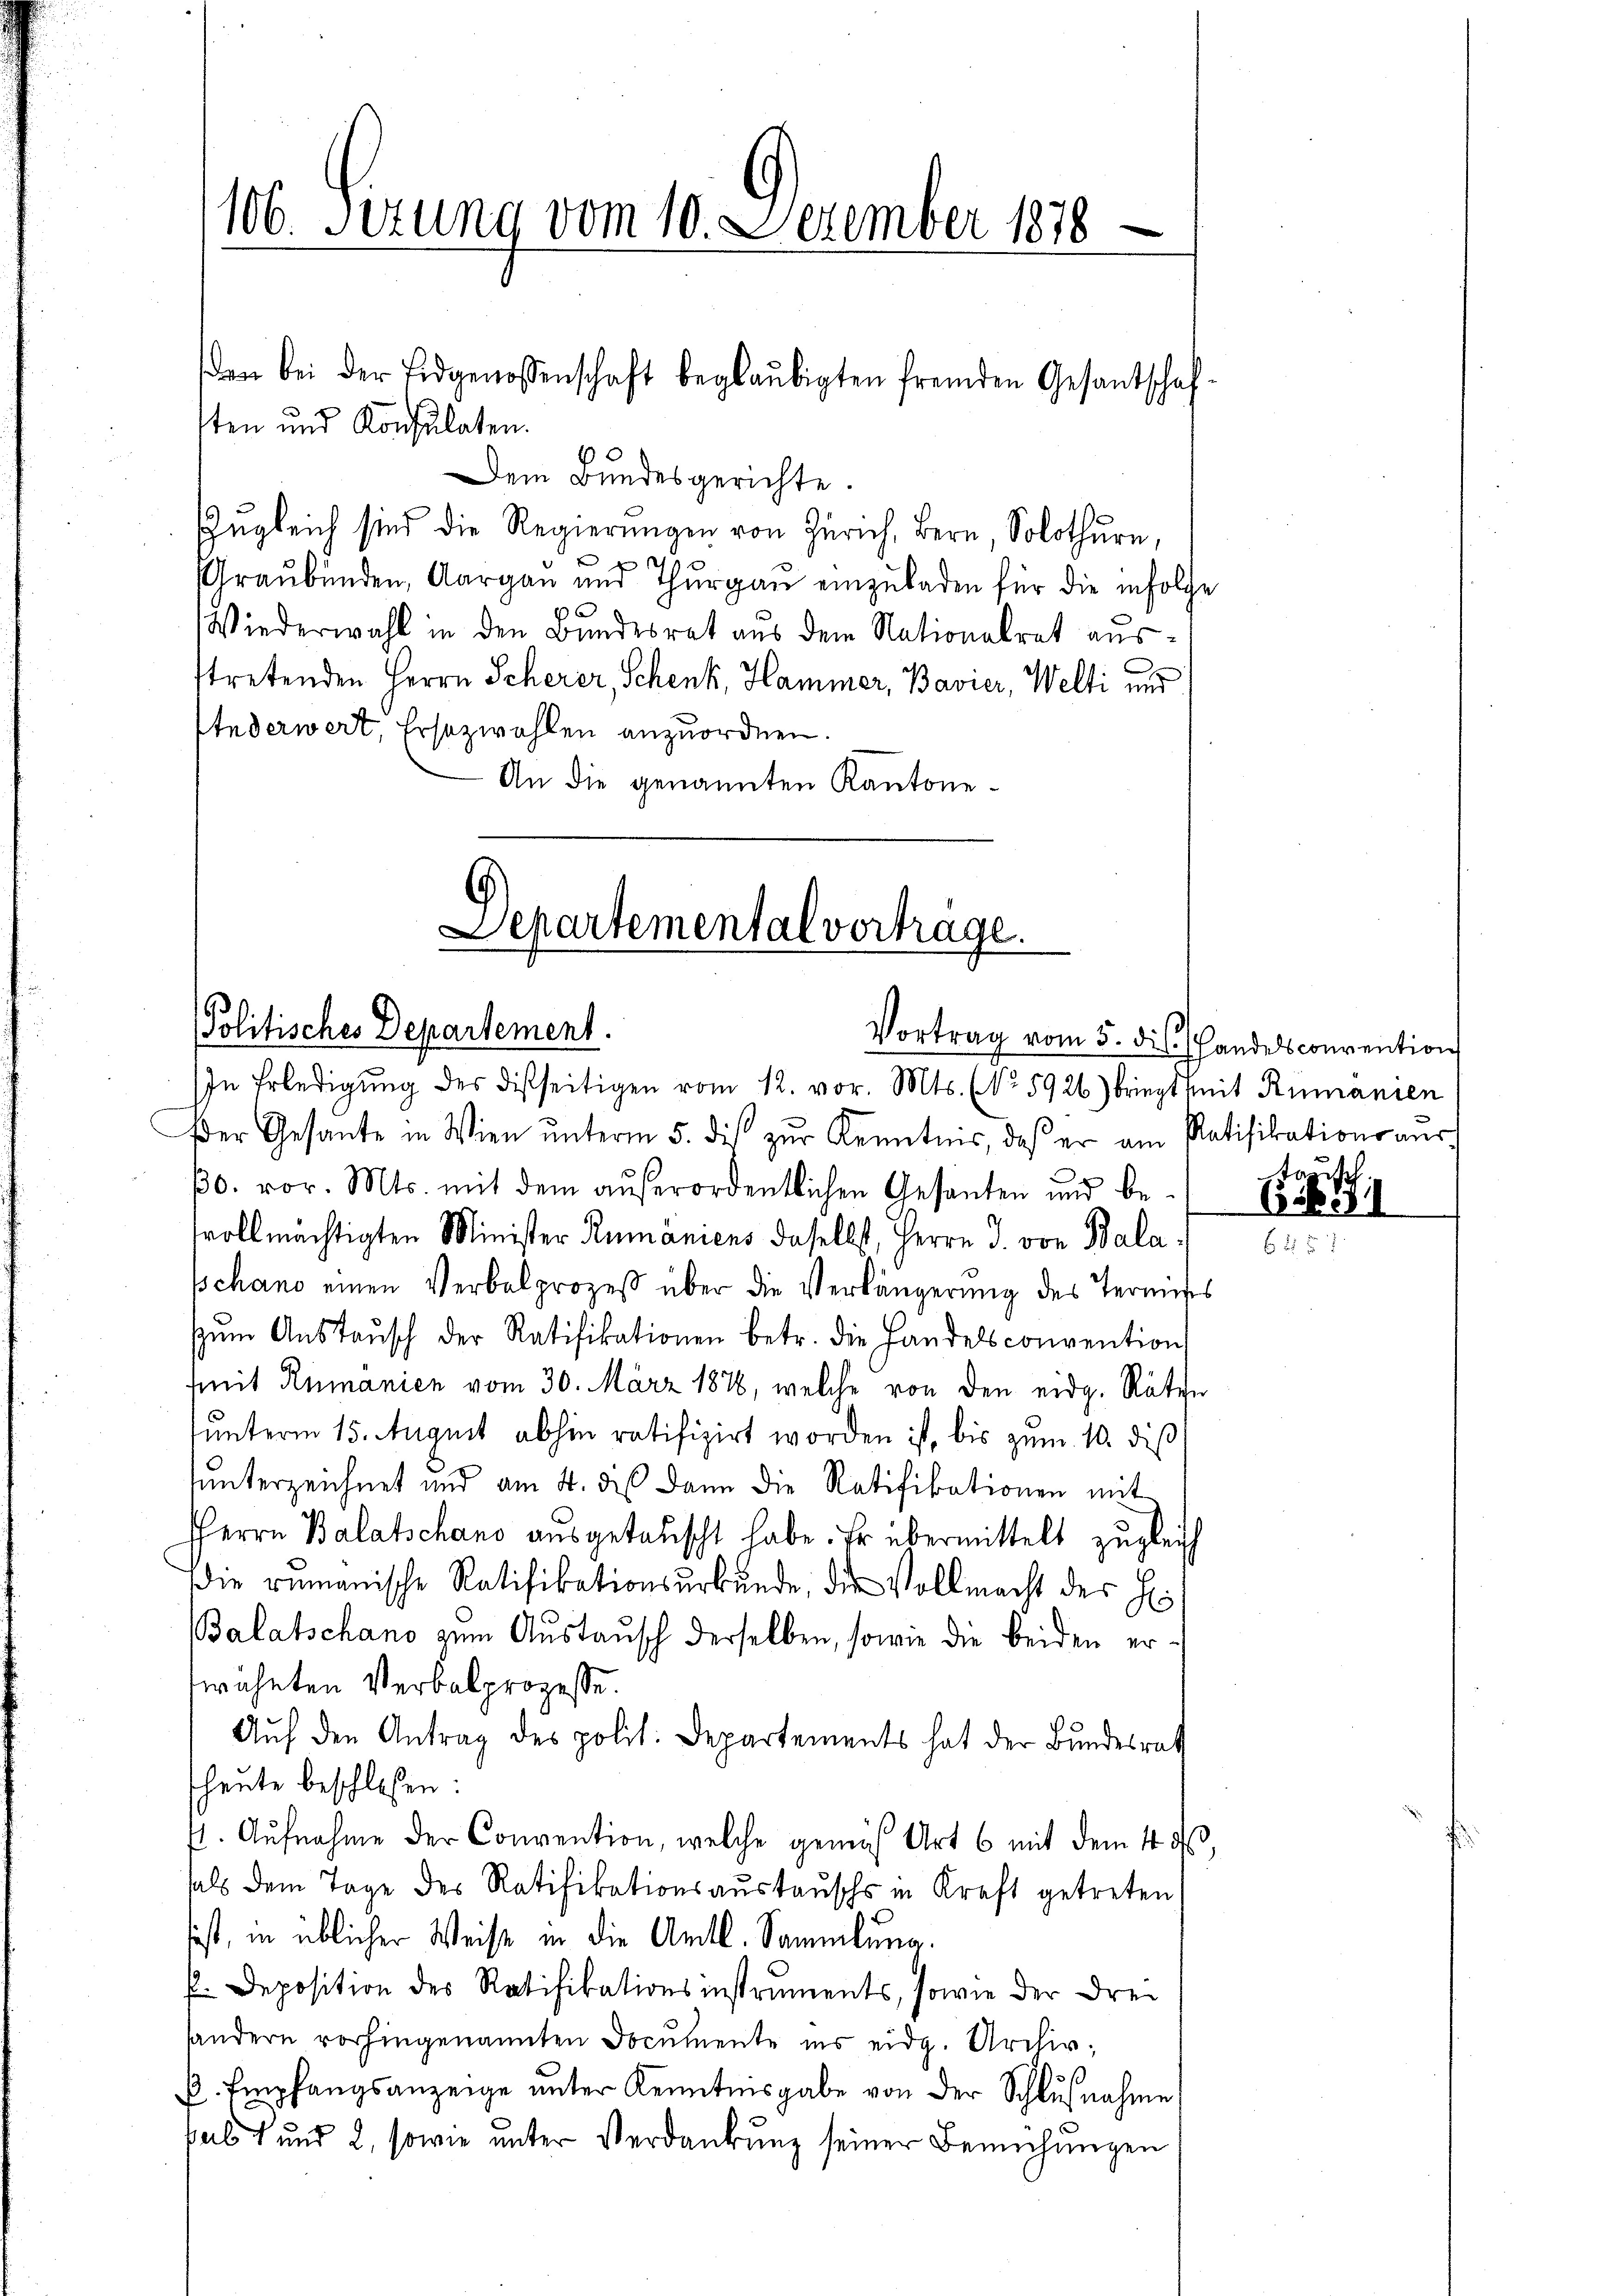
106. Sizung vom 10. Dezember 1878

sten und Konsulaten.
Dem Bundesgerichte.
Zugleich sind die Regierungen von Zürich, Bern, Solothurn,
g
Graubünden, Aargau und Thurgau einzuladen für die infolge
¬
Wiederwahl in den Bundesrat aus dem Nationalrat ausstretenden Herrn Scherer, Schenk, Hammer, Bavier, Welti und
stederwert, Ersezwahlen anzuordnen.
An die genannten Kantone

den bei der Eidgenossenschaft beglaŭbigten fremden Gesantschaf-

Departemental vortrage.
Politisches Departement.
Vortrag vom 5. ds. Handelsconvention

In Erledigung des distseitigen vom 12. vor. Mts. (No 5926) briegt mit Rumanien
Der Gesante in Wien ŭnterm 5. dies zŭr Kenntnis, daß er am Ratifikationsaŭs
βo. vor. Mts. mit dem aŭβerordentlichen Gesanten und be-
tvollmächtigten Minister Rumäniens daselbst, Herrn J. von Balaschano einen Verbalprozeß über die Verlängerung des Termises
zŭm Aŭstaŭsch der Ratifikationen betr. die Handelsconvention
Mit Rumanien vom 30. März 1876, welche von den eidg. Räten
unterm 15. August abhin ratifizirt worden ist, bis zum 10. dis
unterzeichnet und am 4. des dann die Ratifikationen mit
HHerrn Balatschano ausgetauscht habe. Er übermittelt zugleich
Die rumanische Ratifikationsurkunde, die Vollmacht des H
Balatschano zum Austausch derselben, sowie die beiden erwähnten Verbalprozesse.
Aŭf den Antrag des polit. Departements hat der Bŭndesrath
heute beschloßen:
7. Aŭfnahme der Convention, welche gemäß Art 6 mit dem 4 d
als dem Tage des Ratifikationsaŭstaŭschs in Kraft getreten
sist, in üblicher Weise in die Amtl. Sammlung.
P.Deposition des Ratifikationsinstruments, sowie der drei
sandern vorhingenannten Documente ins eidg. Archiv,
P. Empfangsanzeige unter Kenntnisgabe von der Schlußnahme
pult und 2, sowie unter Verdankŭng seiner Bemühungen

tazisch

1831